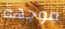
موجهة